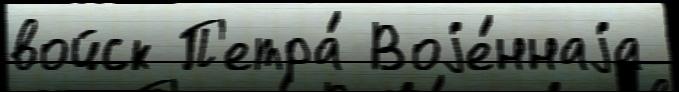
войск П'етра́ Воjе́ннаjа